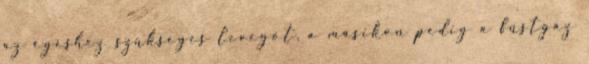
az égéshez szükséges levegőt, a másikon pedig a füstgáz